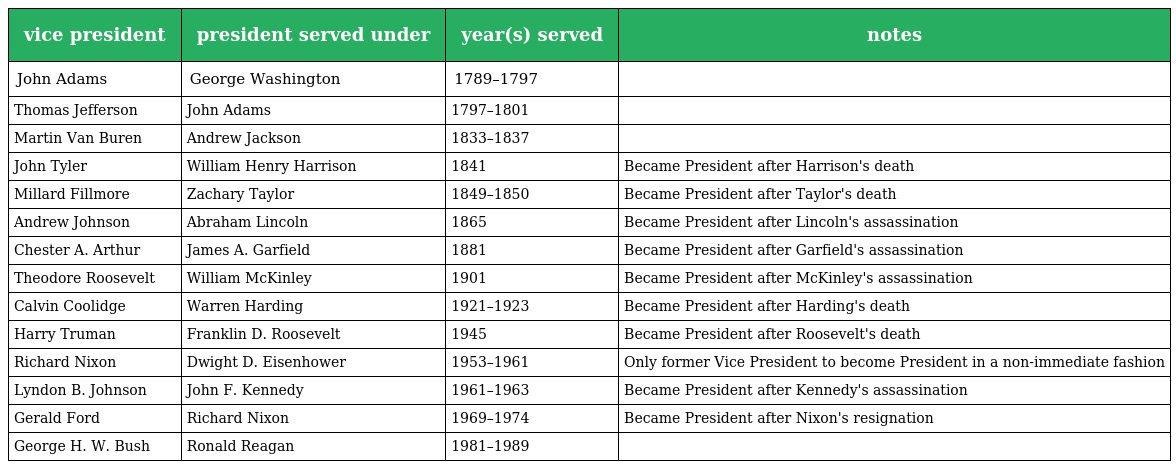
| vice president | president served under | year(s) served | notes |
 | --- | --- | --- | --- |
 | John Adams | George Washington | 1789–1797 |  |
 | Thomas Jefferson | John Adams | 1797–1801 |  |
 | Martin Van Buren | Andrew Jackson | 1833–1837 |  |
 | John Tyler | William Henry Harrison | 1841 | Became President after Harrison's death |
 | Millard Fillmore | Zachary Taylor | 1849–1850 | Became President after Taylor's death |
 | Andrew Johnson | Abraham Lincoln | 1865 | Became President after Lincoln's assassination |
 | Chester A. Arthur | James A. Garfield | 1881 | Became President after Garfield's assassination |
 | Theodore Roosevelt | William McKinley | 1901 | Became President after McKinley's assassination |
 | Calvin Coolidge | Warren Harding | 1921–1923 | Became President after Harding's death |
 | Harry Truman | Franklin D. Roosevelt | 1945 | Became President after Roosevelt's death |
 | Richard Nixon | Dwight D. Eisenhower | 1953–1961 | Only former Vice President to become President in a non-immediate fashion |
 | Lyndon B. Johnson | John F. Kennedy | 1961–1963 | Became President after Kennedy's assassination |
 | Gerald Ford | Richard Nixon | 1969–1974 | Became President after Nixon's resignation |
 | George H. W. Bush | Ronald Reagan | 1981–1989 |  |